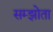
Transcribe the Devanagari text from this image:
सम्झोता